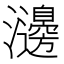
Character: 𤄺